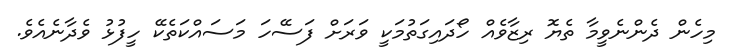
މިހެން ދެންނެވީމާ ތެޔޮ ރިޒާވެއް ހޯދައިގަތުމަކީ ވަރަށް ފަސޭހަ މަސައްކަތެކޭ ހީފުޅު ވެދާނެއެވެ.